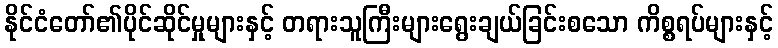
နိုင်ငံတော်၏ပိုင်ဆိုင်မှုများနှင့် တရားသူကြီးများရွေးချယ်ခြင်းစသော ကိစ္စရပ်များနှင့်